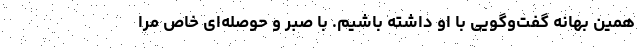
همین بهانه گفت‌وگویی با او داشته باشیم. با صبر و حوصله‌ای خاص مرا